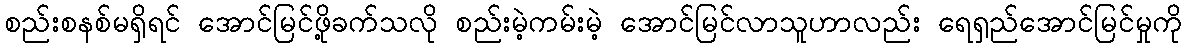
စည်းစနစ်မရှိရင် အောင်မြင်ဖို့ခက်သလို စည်းမဲ့ကမ်းမဲ့ အောင်မြင်လာသူဟာလည်း ရေရှည်အောင်မြင်မှုကို